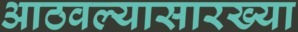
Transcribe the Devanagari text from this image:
आठवल्यासारख्या